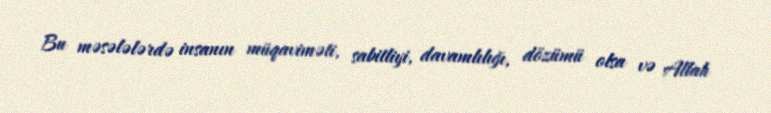
Bu məsələlərdə insanın müqaviməti, sabitliyi, davamlılığı, dözümü olsa və Allah